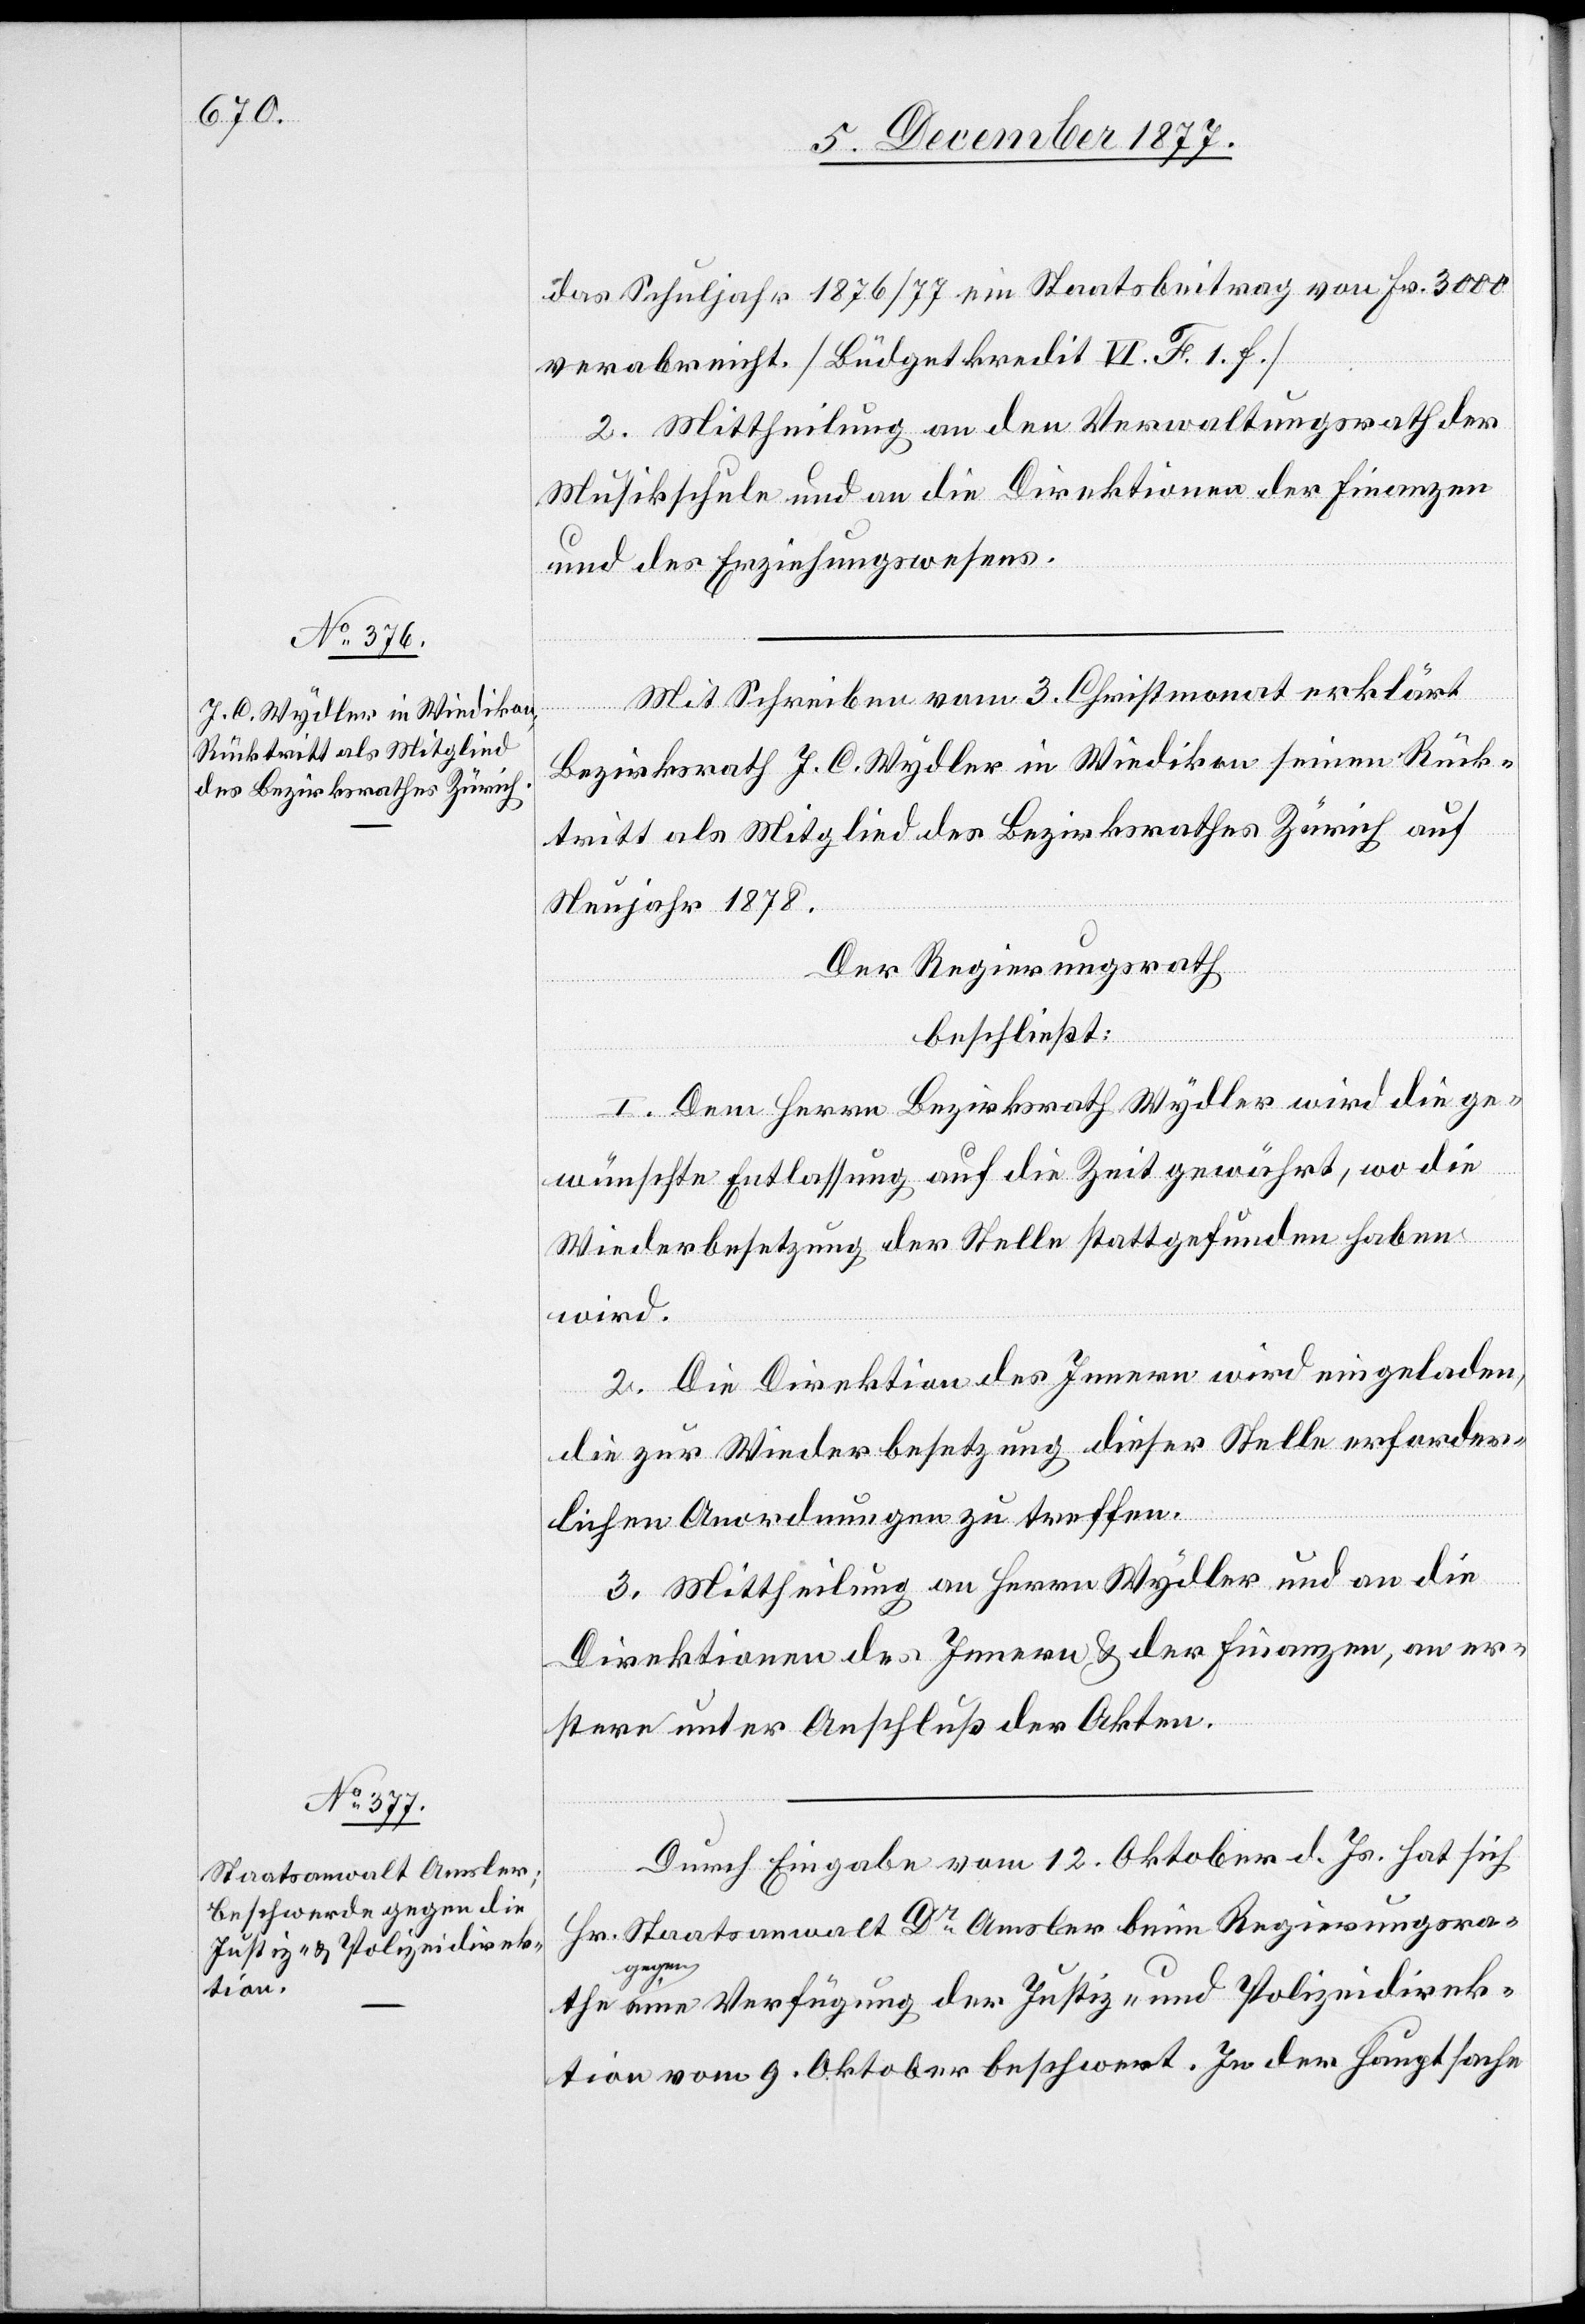
das Schuljahr 1876/77 ein Staatsbeitrag von Fr. 3000
verabreicht. [Büdgetkredit VI. F. 1. f.]
2. Mittheilung an den Verwaltungsrath der
Musikschule und an die Direktionen der Finanzen
und des Erziehungswesens.
Bezirksrath J. C. Wydler in Wiedikon seinen Rück¬
tritt als Mitglied des Bezirksrathes Zürich auf
Neujahr 1878.
Der Regierungsrath
the
beschließt:
1. Dem Herrn Bezirksrath Wydler wird die ge¬
erklärt
wünschte Entlassung auf die Zeit gewährt, wo die
Wiederbesetzung der Stelle stattgefunden haben
wird.
2. Die Direktion des Innern wird eingeladen,
die zur Wiederbesetzung dieser Stelle erforder¬
vom 3.
lichen Anordnungen zu treffen.
3. Mittheilung an Herrn Wydler und an die
Direktionen des Innern & der Finanzen, an er¬
stere unter Anschluß der Akten.
Durch Eingabe vom 12. Oktober d. Js. hat sich
Hr. Staatsanwalt Dr Amsler beim Regierungsra¬
gegen
eine Verfügung der Justiz- und Polizeidirek¬
tion vom 9. Oktober beschwert. In der Hauptsache